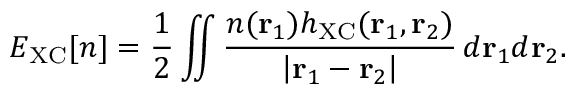
E _ { \mathrm { X C } } [ n ] = \frac { 1 } { 2 } \iint \frac { n ( \mathbf { r } _ { 1 } ) h _ { \mathrm { X C } } ( \mathbf { r } _ { 1 } , \mathbf { r } _ { 2 } ) } { \left| \mathbf { r } _ { 1 } - \mathbf { r } _ { 2 } \right| } \, d \mathbf { r } _ { 1 } d \mathbf { r } _ { 2 } .